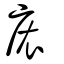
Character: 㕈